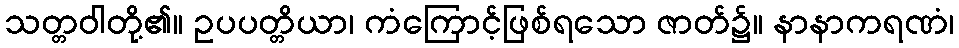
သတ္တဝါတို့၏။ ဥပပတ္တိယာ၊ ကံကြောင့်ဖြစ်ရသော ဇာတ်၌။ နာနာကရဏံ၊